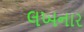
લખનાર